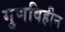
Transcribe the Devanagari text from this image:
गुणविहीन